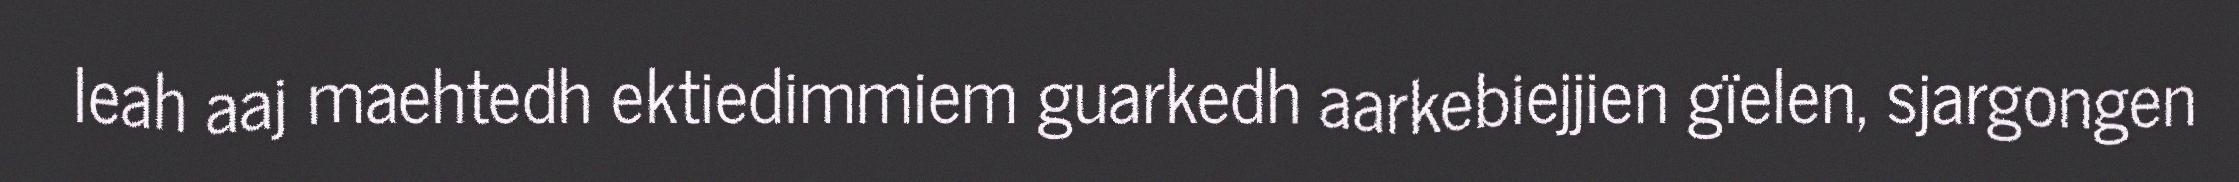
leah aaj maehtedh ektiedimmiem guarkedh aarkebiejjien gïelen, sjargongen